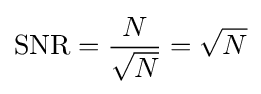
\mathrm {SNR} ={\frac {N}{\sqrt {N}}}={\sqrt {N}}